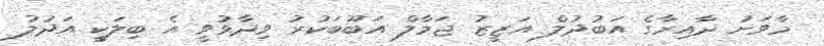
މާވަށު ދާއިރާގެ އަބުދުލް އަޒީޒު ޖަމާލް އަބޫބަކުރު ވިދާޅުވީ އެ ބިލަކީ އަދުލު